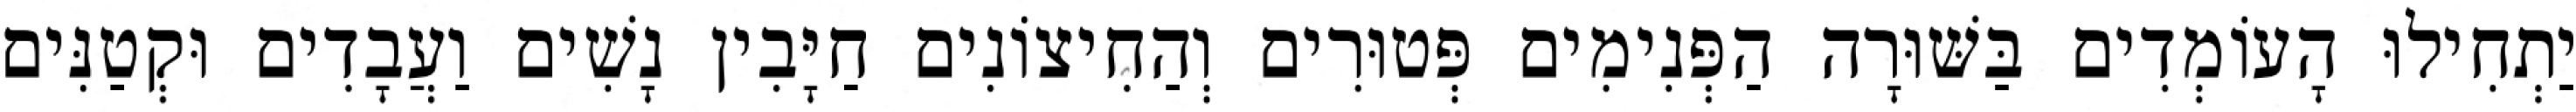
יַתְחִילוּ הָעוֹמְדִים בַּשּׁוּרָה הַפְּנִימִים פְּטוּרִים וְהַחִיצוֹנִים חַיָּבִין נָשִׁים וַעֲבָדִים וּקְטַנִּים